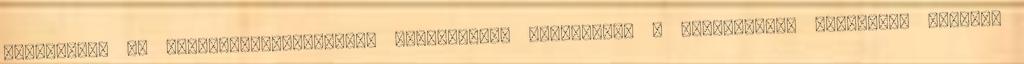
értékekké, az összehasonlíthatóság biztosítása érdekében. A legfrissebb adatokért keresse